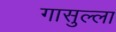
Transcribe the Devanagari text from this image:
गासुल्ला